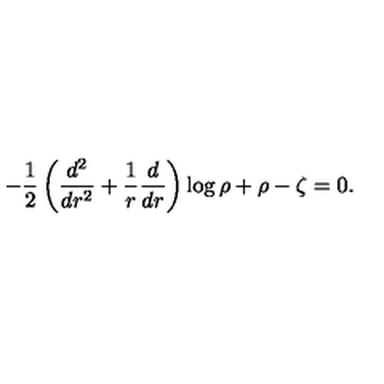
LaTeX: - \frac 1 2 \left( \frac { d ^ { 2 } } { d r ^ { 2 } } + \frac 1 r \frac d { d r } \right) \log \rho + \rho - \zeta = 0 .